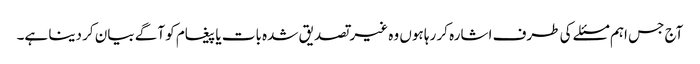
آج جس اہم مسئلے کی طرف اشارہ کر رہا ہوں وہ غیر تصدیق شدہ بات یا پیغام کو آگے بیان کر دینا ہے۔